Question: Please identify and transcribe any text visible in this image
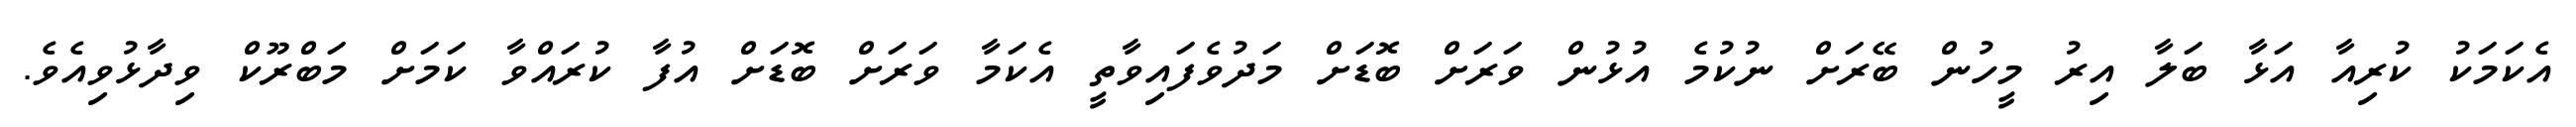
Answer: އެކަމަކު ކުރިއާ އަޅާ ބަލާ އިރު މީހުން ބޭރަށް ނުކުމެ އުޅުން ވަރަށް ބޮޑަށް މަދުވެފައިވާތީ އެކަމާ ވަރަށް ބޮޑަށް އުފާ ކުރައްވާ ކަމަށް މަބްރޫކް ވިދާޅުވިއެވެ.